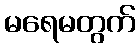
မရေမတွက်